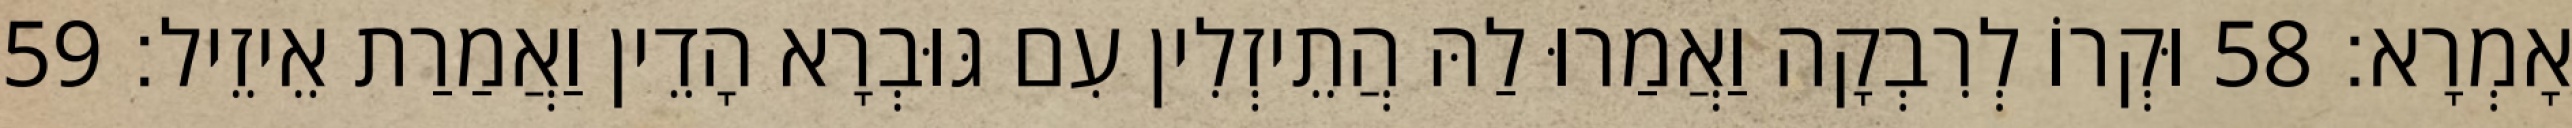
אָמְרָא׃ 58 וּקְרוֹ לְרִבְקָה וַאֲמַרוּ לַהּ הֲתֵיזְלִין עִם גּוּבְרָא הָדֵין וַאֲמַרַת אֵיזֵיל׃ 59